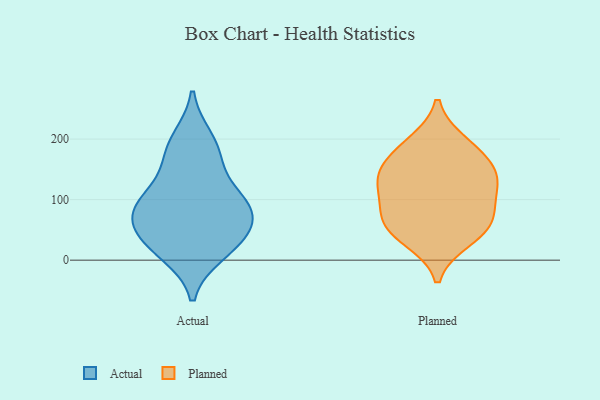
{"axis": {"x": "Population (Million)", "y": "Value"}, "legend": ["Actual", "Planned"], "data": [{"x": "", "y": 89, "type": "Actual"}, {"x": "", "y": 38, "type": "Actual"}, {"x": "", "y": 181, "type": "Actual"}, {"x": "", "y": 49, "type": "Actual"}, {"x": "", "y": 94, "type": "Actual"}, {"x": "", "y": 99, "type": "Actual"}, {"x": "", "y": 63, "type": "Actual"}, {"x": "", "y": 90, "type": "Actual"}, {"x": "", "y": 20, "type": "Actual"}, {"x": "", "y": 200, "type": "Actual"}, {"x": "", "y": 155, "type": "Actual"}, {"x": "", "y": 12, "type": "Actual"}, {"x": "", "y": 118, "type": "Planned"}, {"x": "", "y": 68, "type": "Planned"}, {"x": "", "y": 95, "type": "Planned"}, {"x": "", "y": 49, "type": "Planned"}, {"x": "", "y": 63, "type": "Planned"}, {"x": "", "y": 141, "type": "Planned"}, {"x": "", "y": 181, "type": "Planned"}, {"x": "", "y": 194, "type": "Planned"}, {"x": "", "y": 135, "type": "Planned"}, {"x": "", "y": 150, "type": "Planned"}, {"x": "", "y": 34, "type": "Planned"}]}